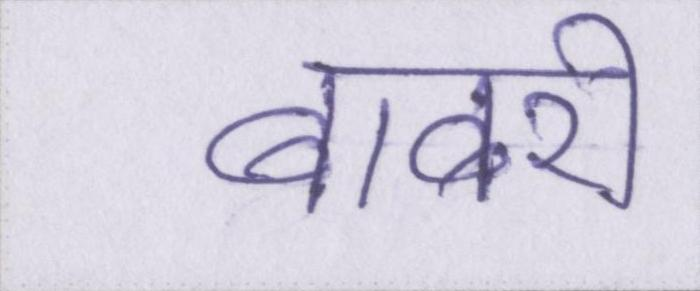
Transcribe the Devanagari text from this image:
बाबरी